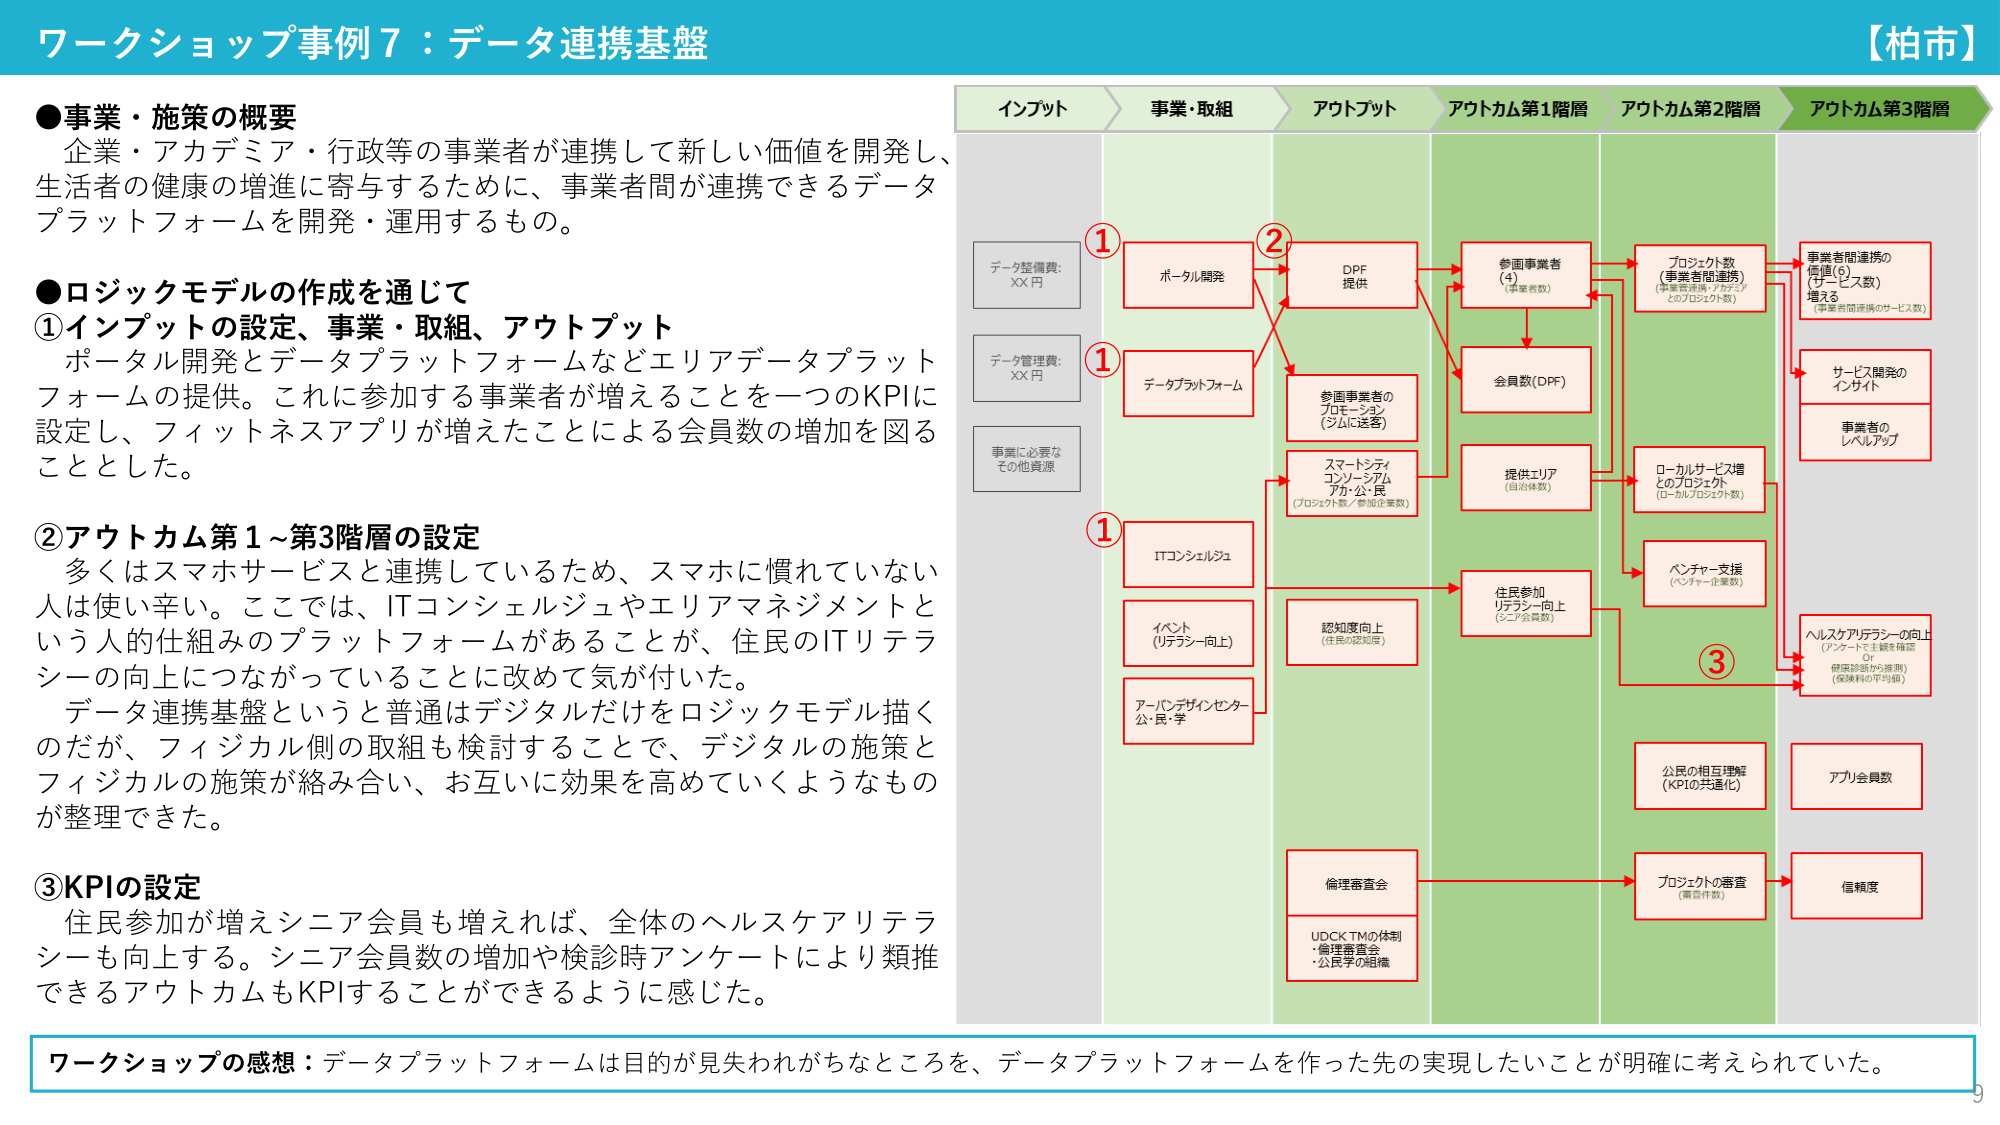
ワークショップ事例7：データ連携基盤
【柏市】

●事業・施策の概要
企業・アカデミア・行政等の事業者が連携して新しい価値を開発し、
生活者の健康の増進に寄与するために、事業者間が連携できるデータ
プラットフォームを開発・運用するもの。

●ロジックモデルの作成を通じて
①インプットの設定、事業・取組、アウトプット
ポータル開発とデータプラットフォームなどエリアデータプラット
フォームの提供。これに参加する事業者が増えることを一つのKPIに
設定し、フィットネスアプリが増えたことによる会員数の増加を図る
こととした。

②アウトカム第1～第3階層の設定
多くはスマホサービスと連携しているため、スマホに慣れていない
人は使い辛い。ここでは、ITコンシェルジュやエリアマネジメントと
いう人的仕組みのプラットフォームがあることが、住民のITリテラ
シーの向上につながっていることに改めて気が付いた。
データ連携基盤というと普通はデジタルだけをロジックモデル描く
のだが、フィジカル側の取組も検討することで、デジタルの施策と
フィジカルの施策が絡み合い、お互いに効果を高めていくようなもの
が整理できた。

③KPIの設定
住民参加が増えシニア会員も増えれば、全体のヘルスケアリテラ
シーも向上する。シニア会員数の増加や検診時アンケートにより類推
できるアウトカムもKPIすることができるように感じた。

ワークショップの感想：データプラットフォームは目的が見失われがちなところを、データプラットフォームを作った先の実現したいことが明確に考えられていた。

インプット
データ整備費：XX円
データ管理費：XX円
事業に必要な
その他資源

事業・取組
①ポータル開発
①データプラットフォーム
①ITコンシェルジュ
①イベント（リテラシー向上）
①アーバンデザインセンター
公・民・学

アウトプット
DPF提供
参画事業者の
プロモーション
（シムに送客）
スマートシティ
コンソーシアム
アカ・公・民
（プロジェクト数／参加企業数）
認知度向上
（住民の認知度）
倫理審査会
UDCK TMの体制
・倫理審査会
・公民学の組織

アウトカム第1階層
参画事業者（4）
（事業者数）
会員数（DPF）
提供エリア
（自治体数）
住民参加
リテラシー向上
（シニア会員数）

アウトカム第2階層
プロジェクト数
（事業者間連携）
（事業者間／カテゴリ
とのプロジェクト数）
ローカルサービス増
とのプロジェクト
（ローカルプロジェクト数）
ベンチャー支援
（ベンチャー企業数）
プロジェクトの審査
（審査件数）
公民の相互理解
（KPIの共通化）

アウトカム第3階層
事業者間連携の
価値（6）
（サービス数）
増える
（事業者間連携のサービス数）
サービス開発の
インサイト
事業者の
レベルアップ
ヘルスケアリテラシーの向上
（アンケートで主観を確認）
D
健康診断から推測）
（保険料の平均値）
アプリ会員数
信頼度

①
②
③

9